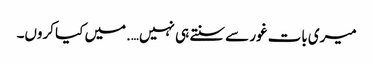
میری بات غور سے سنتے ہی نہیں….میں کیا کروں۔